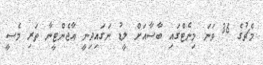
މެޗުގެ 36 ވަނަ މިނެޓްގައި ބާސާއަށް ލީޑު ނަގައިދިނީ އާޖެންޓީނާ ތަރި މެސީ